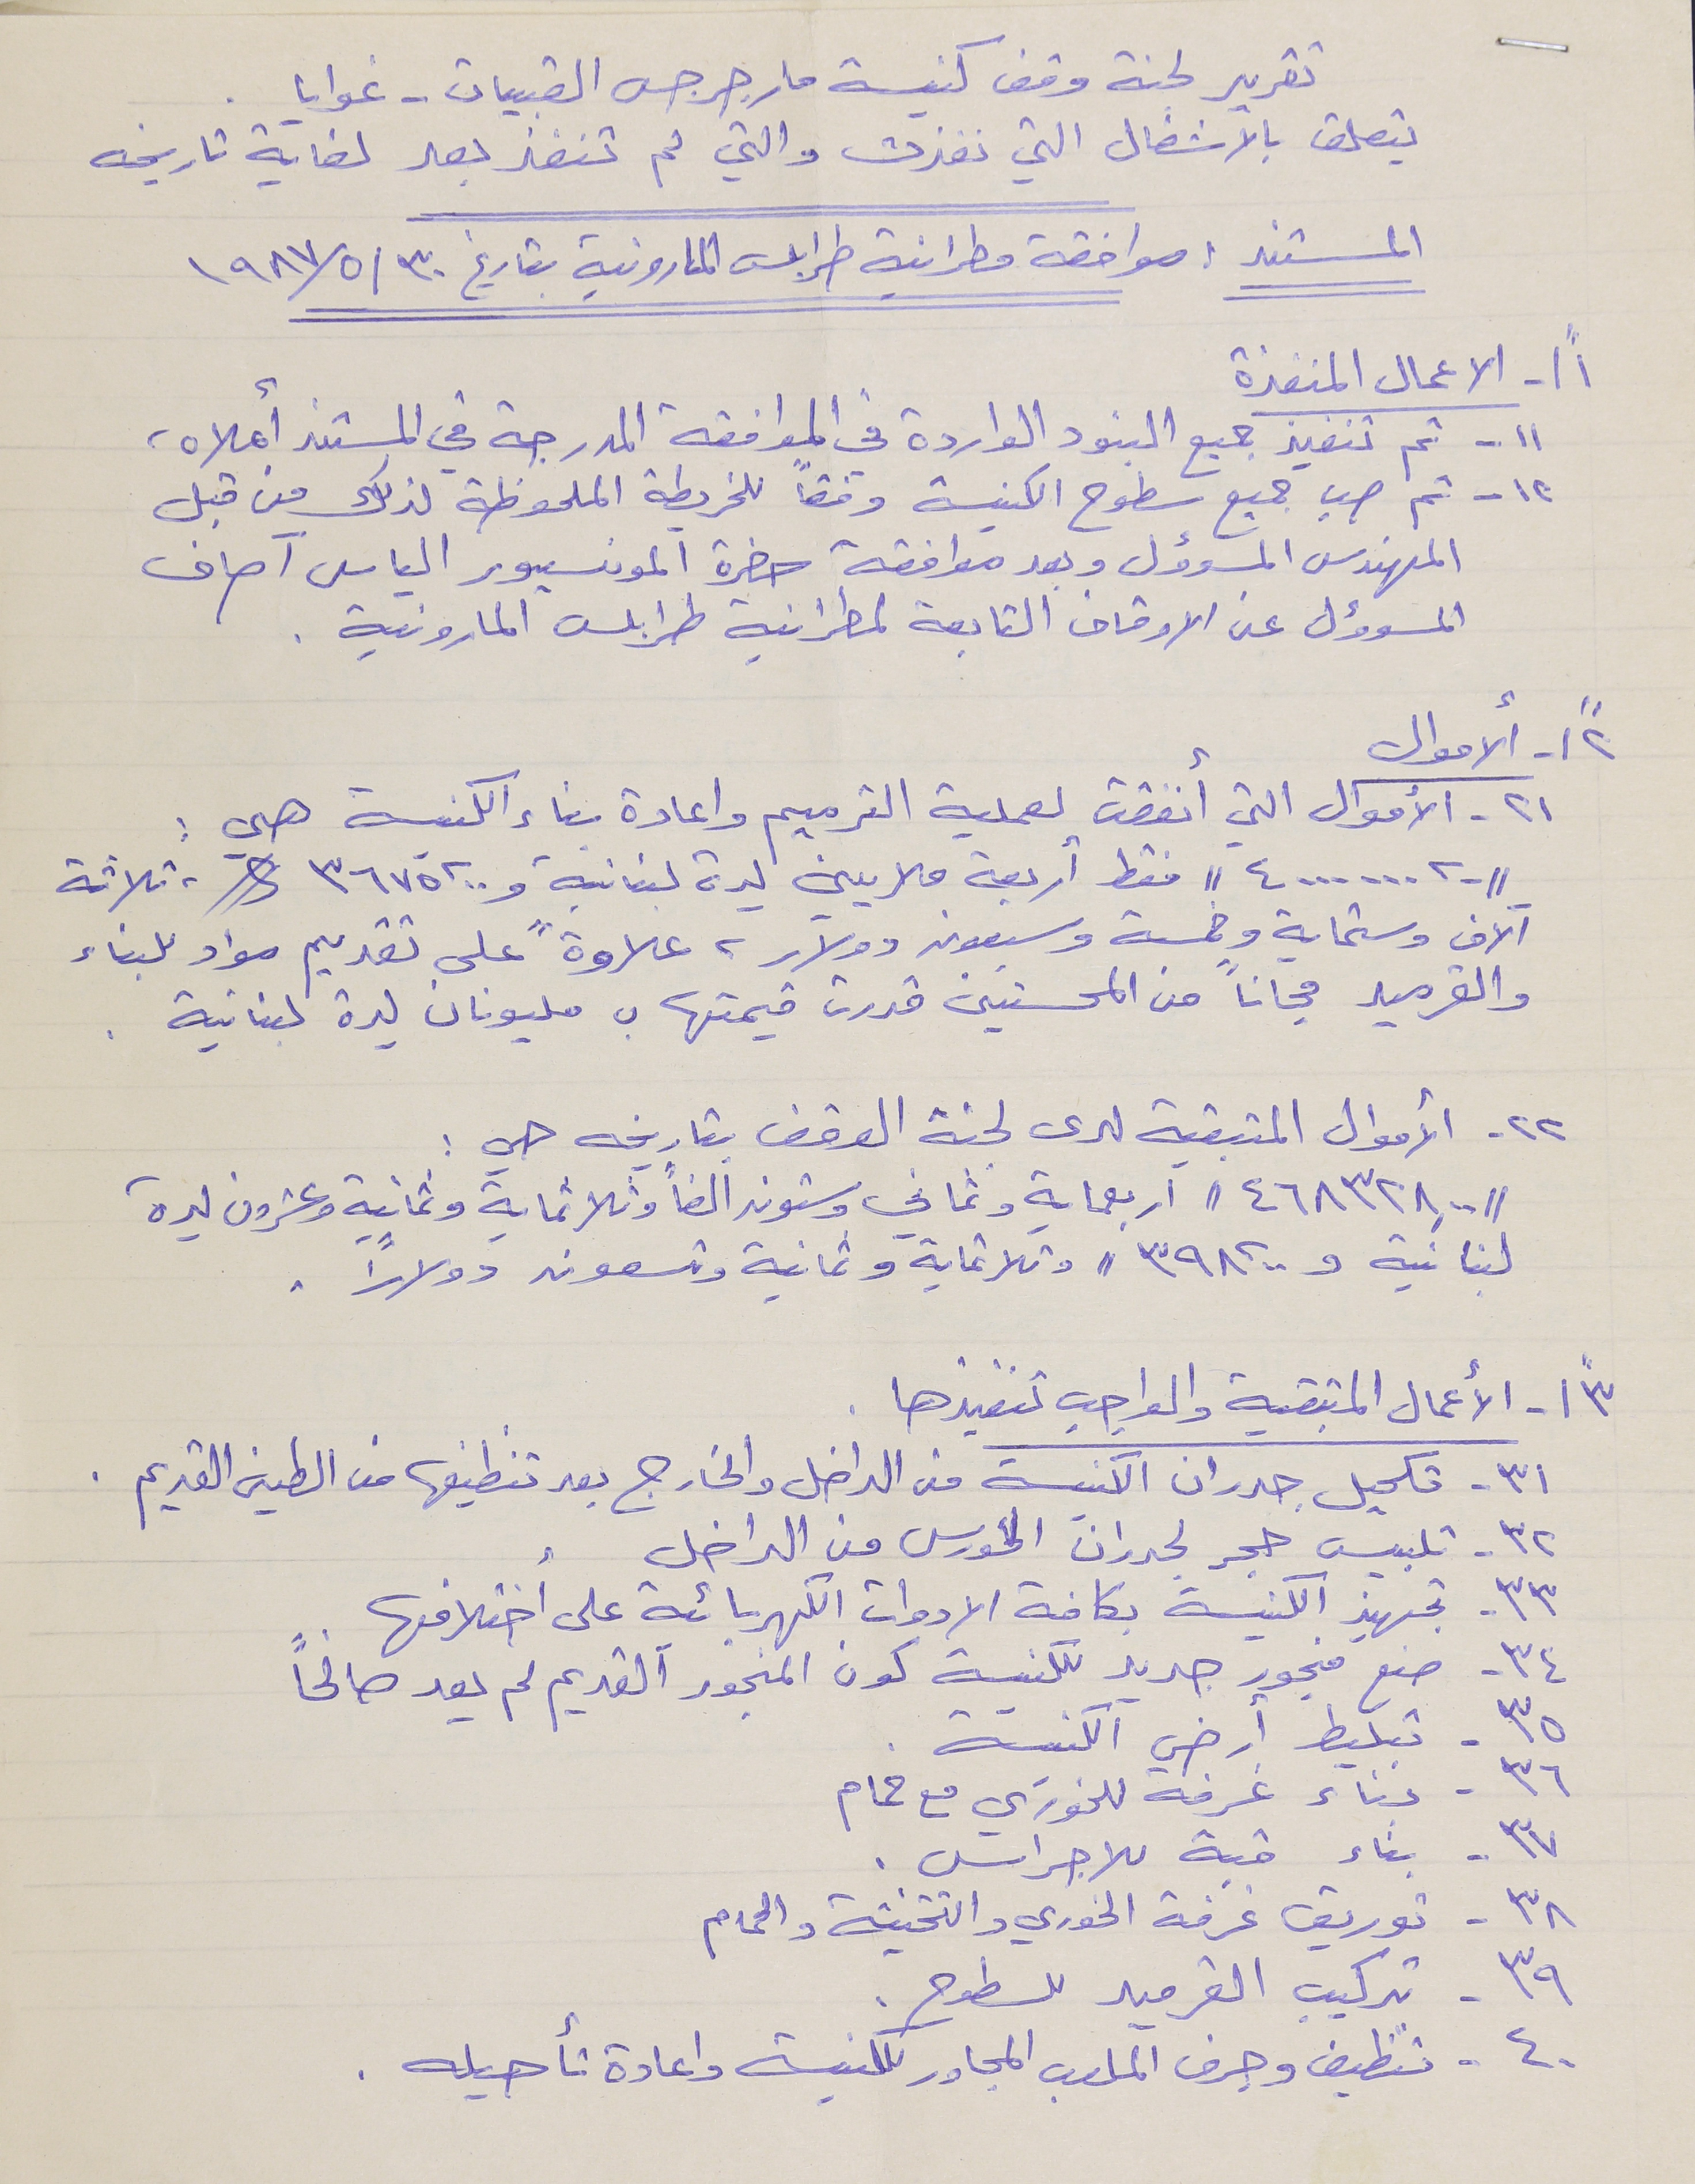
تقرير لجنة وقف كنيسة مار جرجس القبيات - غوايا .
يتعلق بالاشغال التي نفذت والتي لم تنفذ بعد لغاية تاريخه
المستند : موافقة مطرانية طرابلس المارونية بتاريخ ١٩٨٧/٥/٣٠
١"\- الاعمال المنفذة
١٢ - ثم صب جميع سطوح الكنيسة وفقاً للخريطة الملحوظة لذلك من قبل
المهندس المسوؤل وبعد موافقة حضرة المونسيور الياس آصاف
المسوؤل عن الاوقاف التابعة لمطرانية طرابلس المارونية .
٢"\- الأموال
//٤٠٠٠٠٠٠.٠٠// فقط أربعة ملايين ليرة لبنانية و٣٦٧٥.٠٠ $، ثلاثة
آلاف وستماية وخمسة وسبعون دولار، علاوةً على تقديم مواد للبناء
والقرميد مجاناً من المحسنين قدرت قيمتها بـ مليونان ليرة لبنانية .
٢٢ - الأموال المتبقية لدى لجنة الوقف بتاريخه هي :
//٤٦٨٣٢٨.٠٠// اربعماية وثماني وستون الفاً وثلاثماية وثمانية وعشرون ليرة
لبنانية و٣٩٨.٠٠ // وثلاثماية وثمانية وتسعون دولارًا .
٣"\ - الأعمال المتبقية والواجب تنفيذها .
٣١ - تكميل جدران الكنيسة من الداخل والخارج بعد تنظيفها من الطين القديم .
٣٢- تلبيس حجر لجدران الكورس من الداخل
٣٣ - تجهيز الكنيسة بكافة الادوات الكهربائية على اختلافها .
٣٤ - صنع منجور جديد للكنيسة كون المنجور القديم لم يعد صالحاً
٣٥ - تبليط أرضي الكنيسة .
٣٧ - بناء قبة للاجراس .
٣٨ - توريق غرفة الخوري والتتخيتة والحمام
٤٠ - تنظيف وجرف الملعب المجاور للكنيسة واعادة تأهيله .
١١ - تم تنفيذ جميع البنود الواردة في الموافقة المدرجة في المستند أعلاه،
٢١ - الأموال التي أنفقت لعملية الترميم واعادة بناء الكنيسة هي :
٣٦ - بناء غرفة للخوري مع حمام
٣٩ - تركيب القرميد للسطوح .